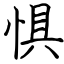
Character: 惧